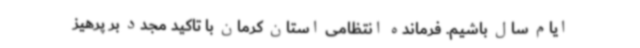
ایام سال باشیم. فرمانده انتظامی استان کرمان با تاکید مجدد بر پرهیز